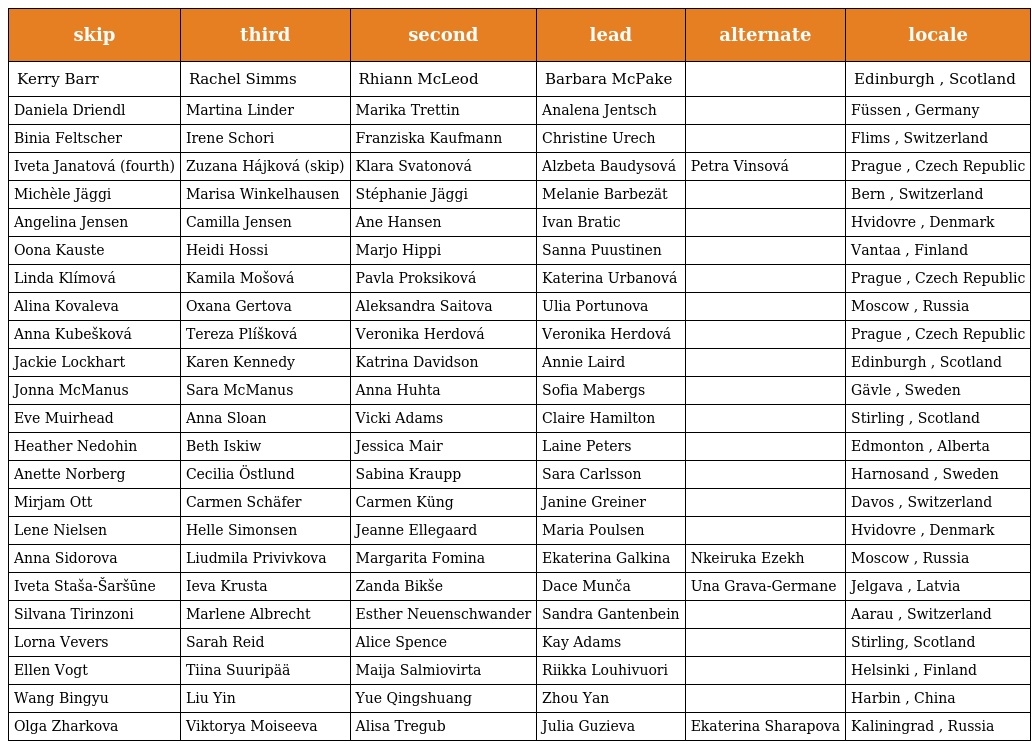
| skip | third | second | lead | alternate | locale |
 | --- | --- | --- | --- | --- | --- |
 | Kerry Barr | Rachel Simms | Rhiann McLeod | Barbara McPake |  | Edinburgh , Scotland |
 | Daniela Driendl | Martina Linder | Marika Trettin | Analena Jentsch |  | Füssen , Germany |
 | Binia Feltscher | Irene Schori | Franziska Kaufmann | Christine Urech |  | Flims , Switzerland |
 | Iveta Janatová (fourth) | Zuzana Hájková (skip) | Klara Svatonová | Alzbeta Baudysová | Petra Vinsová | Prague , Czech Republic |
 | Michèle Jäggi | Marisa Winkelhausen | Stéphanie Jäggi | Melanie Barbezät |  | Bern , Switzerland |
 | Angelina Jensen | Camilla Jensen | Ane Hansen | Ivan Bratic |  | Hvidovre , Denmark |
 | Oona Kauste | Heidi Hossi | Marjo Hippi | Sanna Puustinen |  | Vantaa , Finland |
 | Linda Klímová | Kamila Mošová | Pavla Proksiková | Katerina Urbanová |  | Prague , Czech Republic |
 | Alina Kovaleva | Oxana Gertova | Aleksandra Saitova | Ulia Portunova |  | Moscow , Russia |
 | Anna Kubešková | Tereza Plíšková | Veronika Herdová | Veronika Herdová |  | Prague , Czech Republic |
 | Jackie Lockhart | Karen Kennedy | Katrina Davidson | Annie Laird |  | Edinburgh , Scotland |
 | Jonna McManus | Sara McManus | Anna Huhta | Sofia Mabergs |  | Gävle , Sweden |
 | Eve Muirhead | Anna Sloan | Vicki Adams | Claire Hamilton |  | Stirling , Scotland |
 | Heather Nedohin | Beth Iskiw | Jessica Mair | Laine Peters |  | Edmonton , Alberta |
 | Anette Norberg | Cecilia Östlund | Sabina Kraupp | Sara Carlsson |  | Harnosand , Sweden |
 | Mirjam Ott | Carmen Schäfer | Carmen Küng | Janine Greiner |  | Davos , Switzerland |
 | Lene Nielsen | Helle Simonsen | Jeanne Ellegaard | Maria Poulsen |  | Hvidovre , Denmark |
 | Anna Sidorova | Liudmila Privivkova | Margarita Fomina | Ekaterina Galkina | Nkeiruka Ezekh | Moscow , Russia |
 | Iveta Staša-Šaršūne | Ieva Krusta | Zanda Bikše | Dace Munča | Una Grava-Germane | Jelgava , Latvia |
 | Silvana Tirinzoni | Marlene Albrecht | Esther Neuenschwander | Sandra Gantenbein |  | Aarau , Switzerland |
 | Lorna Vevers | Sarah Reid | Alice Spence | Kay Adams |  | Stirling, Scotland |
 | Ellen Vogt | Tiina Suuripää | Maija Salmiovirta | Riikka Louhivuori |  | Helsinki , Finland |
 | Wang Bingyu | Liu Yin | Yue Qingshuang | Zhou Yan |  | Harbin , China |
 | Olga Zharkova | Viktorya Moiseeva | Alisa Tregub | Julia Guzieva | Ekaterina Sharapova | Kaliningrad , Russia |